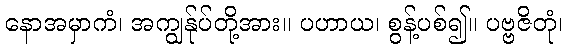
နောအမှာကံ၊ အကျွန်ုပ်တို့အား။ ပဟာယ၊ စွန့်ပစ်၍။ ပဗ္ဗဇိတုံ၊